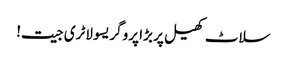
سلاٹ کھیل پر بڑا پروگریسو لاٹری جیت!